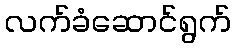
လက်ခံဆောင်ရွက်